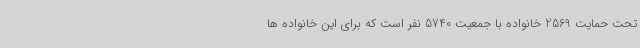
تحت حمایت 2569 خانواده با جمعیت 5740 نفر است که برای این خانواده ها